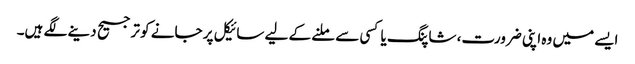
ایسے میں وہ اپنی ضرورت، شاپنگ یا کسی سے ملنے کے لیے سائیکل پر جانے کو ترجیح دینے لگے ہیں۔